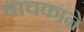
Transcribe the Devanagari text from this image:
वाचकाने